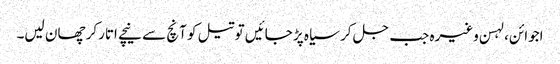
اجوائن، لہسن وغیرہ جب جل کر سیاہ پڑ جائیں تو تیل کو آنچ سے نیچے اتارکر چھان لیں۔